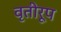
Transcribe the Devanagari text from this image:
वृतीरूप